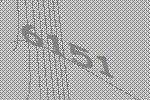
6151